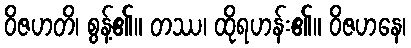
ဝိဇဟတိ၊ စွန့်၏။ တဿ၊ ထိုရဟန်း၏။ ဝိဇဟနေ၊